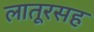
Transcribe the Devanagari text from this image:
लातूरसह